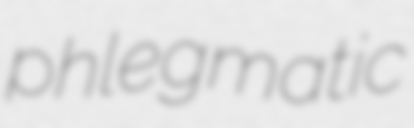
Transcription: phlegmatic